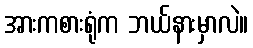
အားကစားရုံက ဘယ်နားမှာလဲ။